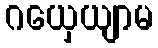
ဂယှေယျာမ